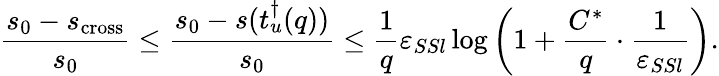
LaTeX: \frac{s_{0}-s_{\mathrm{cross}}}{s_{0}}\leq\frac{s_{0}-s(t_{u}^{\dagger}(q))}{s_{0}}\leq\frac{1}{q}\varepsilon_{SSl}\log\left(1+\frac{C^{*}}{q}\cdot\frac{1}{\varepsilon_{SSl}}\right).